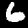
Label: 6